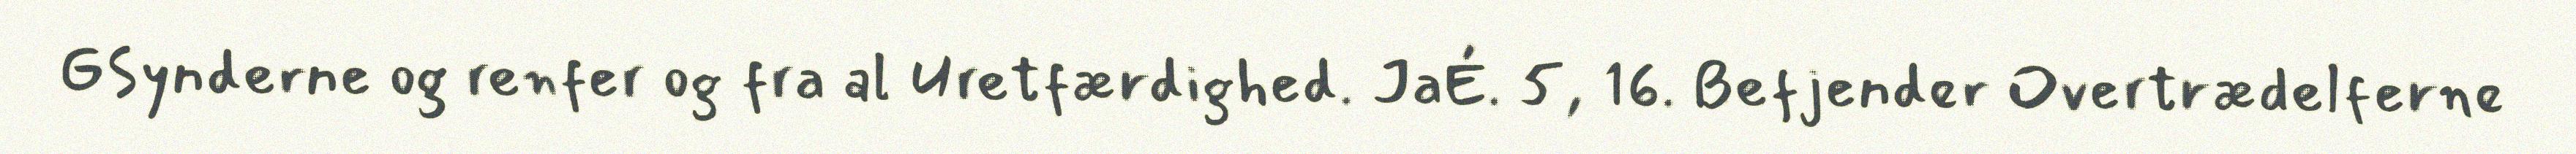
GSynderne og renfer og fra al Uretfærdighed. JaÉ. 5, 16. Befjender Overtrædelferne